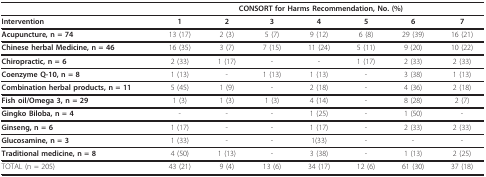
<table><thead><tr><td></td><td colspan="7"><b>CONSORT for Harms Recommendation, No. (%)</b></td></tr></thead><tbody><tr><td><b>Intervention</b></td><td><b>1</b></td><td><b>2</b></td><td><b>3</b></td><td><b>4</b></td><td><b>5</b></td><td><b>6</b></td><td><b>7</b></td></tr><tr><td><b>Acupuncture, n = 74</b></td><td>13 (17)</td><td>2 (3)</td><td>5 (7)</td><td>9 (12)</td><td>6 (8)</td><td>29 (39)</td><td>16 (21)</td></tr><tr><td><b>Chinese herbal Medicine, n = 46</b></td><td>16 (35)</td><td>3 (7)</td><td>7 (15)</td><td>11 (24)</td><td>5 (11)</td><td>9 (20)</td><td>10 (22)</td></tr><tr><td><b>Chiropractic, n = 6</b></td><td>2 (33)</td><td>1 (17)</td><td>-</td><td>-</td><td>1 (17)</td><td>2 (33)</td><td>2 (33)</td></tr><tr><td><b>Coenzyme Q-10, n = 8</b></td><td>1 (13)</td><td>-</td><td>1 (13)</td><td>1 (13)</td><td>-</td><td>3 (38)</td><td>1 (13)</td></tr><tr><td><b>Combination herbal products, n = 11</b></td><td>5 (45)</td><td>1 (9)</td><td>-</td><td>2 (18)</td><td>-</td><td>4 (36)</td><td>2 (18)</td></tr><tr><td><b>Fish oil/Omega 3, n = 29</b></td><td>1 (3)</td><td>1 (3)</td><td>1 (3)</td><td>4 (14)</td><td>-</td><td>8 (28)</td><td>2 (7)</td></tr><tr><td><b>Gingko Biloba, n = 4</b></td><td>-</td><td>-</td><td>-</td><td>1 (25)</td><td>-</td><td>1 (50)</td><td>-</td></tr><tr><td><b>Ginseng, n = 6</b></td><td>1 (17)</td><td>-</td><td>-</td><td>1 (17)</td><td>-</td><td>2 (33)</td><td>2 (33)</td></tr><tr><td><b>Glucosamine, n = 3</b></td><td>1 (33)</td><td>-</td><td>-</td><td>1(33)</td><td>-</td><td>-</td><td>-</td></tr><tr><td><b>Traditional medicine, n = 8</b></td><td>4 (50)</td><td>1 (13)</td><td>-</td><td>3 (38)</td><td>-</td><td>1 (13)</td><td>2 (25)</td></tr><tr><td>TOTAL (n = 205)</td><td>43 (21)</td><td>9 (4)</td><td>13 (6)</td><td>34 (17)</td><td>12 (6)</td><td>61 (30)</td><td>37 (18)</td></tr></tbody></table>